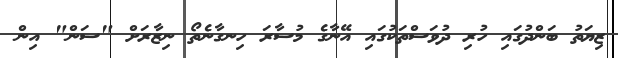
ޒިޔަތު ބަންދުގައި ހުރި ދުވަސްތަކުގައި އޭނާގެ މުސާރަ ހިނގާނެތޯ ނިޒާރަށް "ސަން" އިން